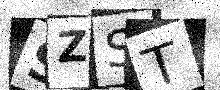
Text: SZST